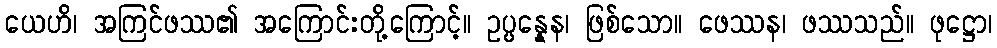
ယေဟိ၊ အကြင်ဖဿ၏ အကြောင်းတို့ကြောင့်။ ဥပ္ပန္နေန၊ ဖြစ်သော။ ဖေဿန၊ ဖဿသည်။ ဖုဋ္ဌော၊